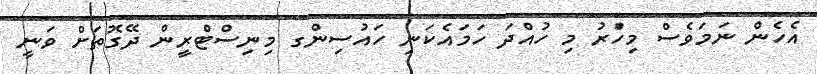
އެހެން ނަމަވެސް މިހަްރު މި ހުއްދަ ހަމައެކަނި ހައުސިންގ މިނިސްޓްރީން ދޭގޮތަށް ވަނީ